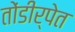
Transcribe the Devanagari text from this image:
तोंडीर्पेत